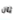
ثان